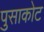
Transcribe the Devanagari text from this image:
पुसाकोट